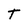
Character: T